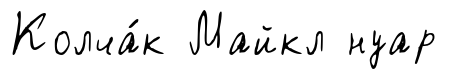
Колча́к Майкл нуар